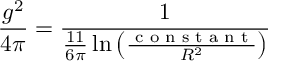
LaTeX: \frac { g ^ { 2 } } { 4 \pi } = \frac { 1 } { \frac { 1 1 } { 6 \pi } \ln \left( \frac { \textrm { c o n s t a n t } } { R ^ { 2 } } \right) }